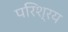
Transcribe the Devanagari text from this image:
परिश्रय